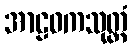
အာဠဝကသုတ္တံ